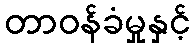
တာဝန်ခံမှုနှင့်